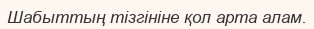
Шабыттың тізгініне қол арта алам.